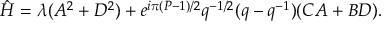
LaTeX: \hat { H } = \lambda ( A ^ { 2 } + D ^ { 2 } ) + e ^ { i \pi ( P - 1 ) / 2 } q ^ { - 1 / 2 } ( q - q ^ { - 1 } ) ( C A + B D ) .